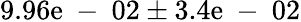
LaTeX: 9.96\mathrm{e}\mathrm{{~-~}}02\pm3.4\mathrm{e}\mathrm{{~-~}}02